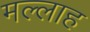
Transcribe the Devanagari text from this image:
मल्‍लाह